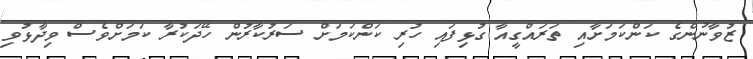
ޒުވާނުންގެ ކަންކަމަށާއި ތަރައްގީއާ ގުޅިފައި ހުރި ކަންކަމަށް ސަރުކާރުން ހޭދަކުރާ ކަމަށްވެސް ވިދާޅުވި